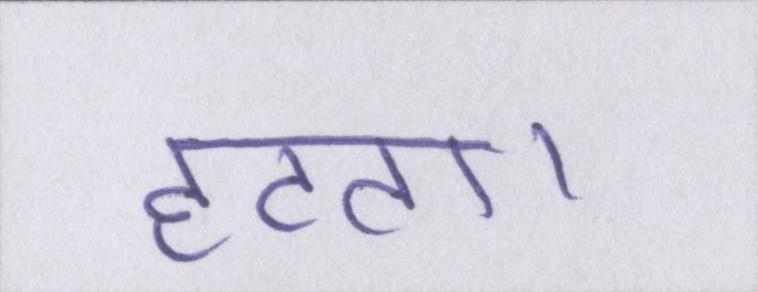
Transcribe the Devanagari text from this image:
हटता।